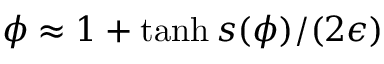
\phi \approx 1 + \operatorname { t a n h } { s ( \phi ) / ( 2 \epsilon ) }